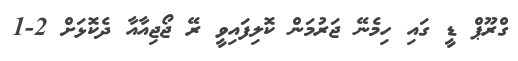
ގްރޫޕް ޑީ ގައި ހިމެނޭ ޖަރުމަން ކޮލިފައިވީ ރޭ ޖޯޖިއާއާ ދެކޮޅަށް 2-1